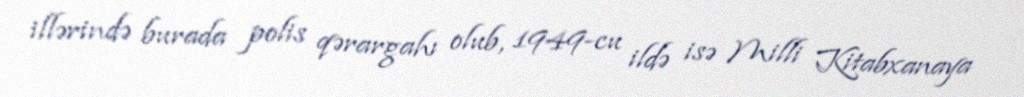
illərində burada polis qərargahı olub, 1949-cu ildə isə Milli Kitabxanaya